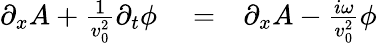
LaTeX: \begin{array}{rlr}{\partial_{x}A+\frac{1}{v_{0}^{2}}\partial_{t}\phi}&{{}=}&{\partial_{x}A-\frac{i\omega}{v_{0}^{2}}\phi}\end{array}